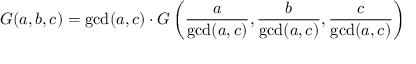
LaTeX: G ( a , b , c ) = \operatorname* { g c d } ( a , c ) \cdot G \left( { \frac { a } { \operatorname* { g c d } ( a , c ) } } , { \frac { b } { \operatorname* { g c d } ( a , c ) } } , { \frac { c } { \operatorname* { g c d } ( a , c ) } } \right)